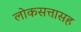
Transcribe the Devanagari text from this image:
लोकसत्तासह